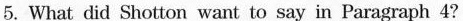
5.What did Shotton want to say in Paragraph 4?